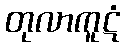
တုလာကူဋံ